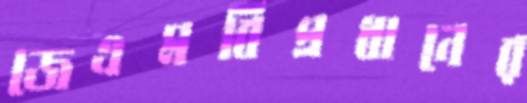
জেএমবিপ্রধানের